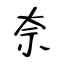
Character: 奈